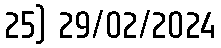
25) 29/02/2024